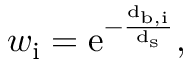
w _ { \mathrm { { i } } } = \mathrm { { e } ^ { - \frac { d _ { \mathrm { { b , i } } } } { d _ { \mathrm { { s } } } } } , }